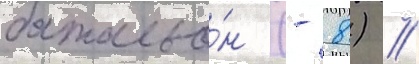
батальо́н (- 8) //